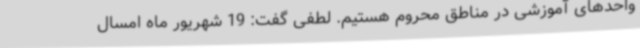
واحدهای آموزشی در مناطق محروم هستیم. لطفی گفت: 19 شهریور ماه امسال